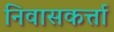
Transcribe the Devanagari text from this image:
निवासकर्त्ता